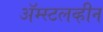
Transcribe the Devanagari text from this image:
ॲम्स्टलव्हीन